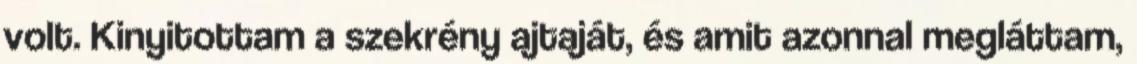
volt. Kinyitottam a szekrény ajtaját, és amit azonnal megláttam,